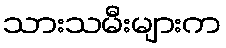
သားသမီးများက